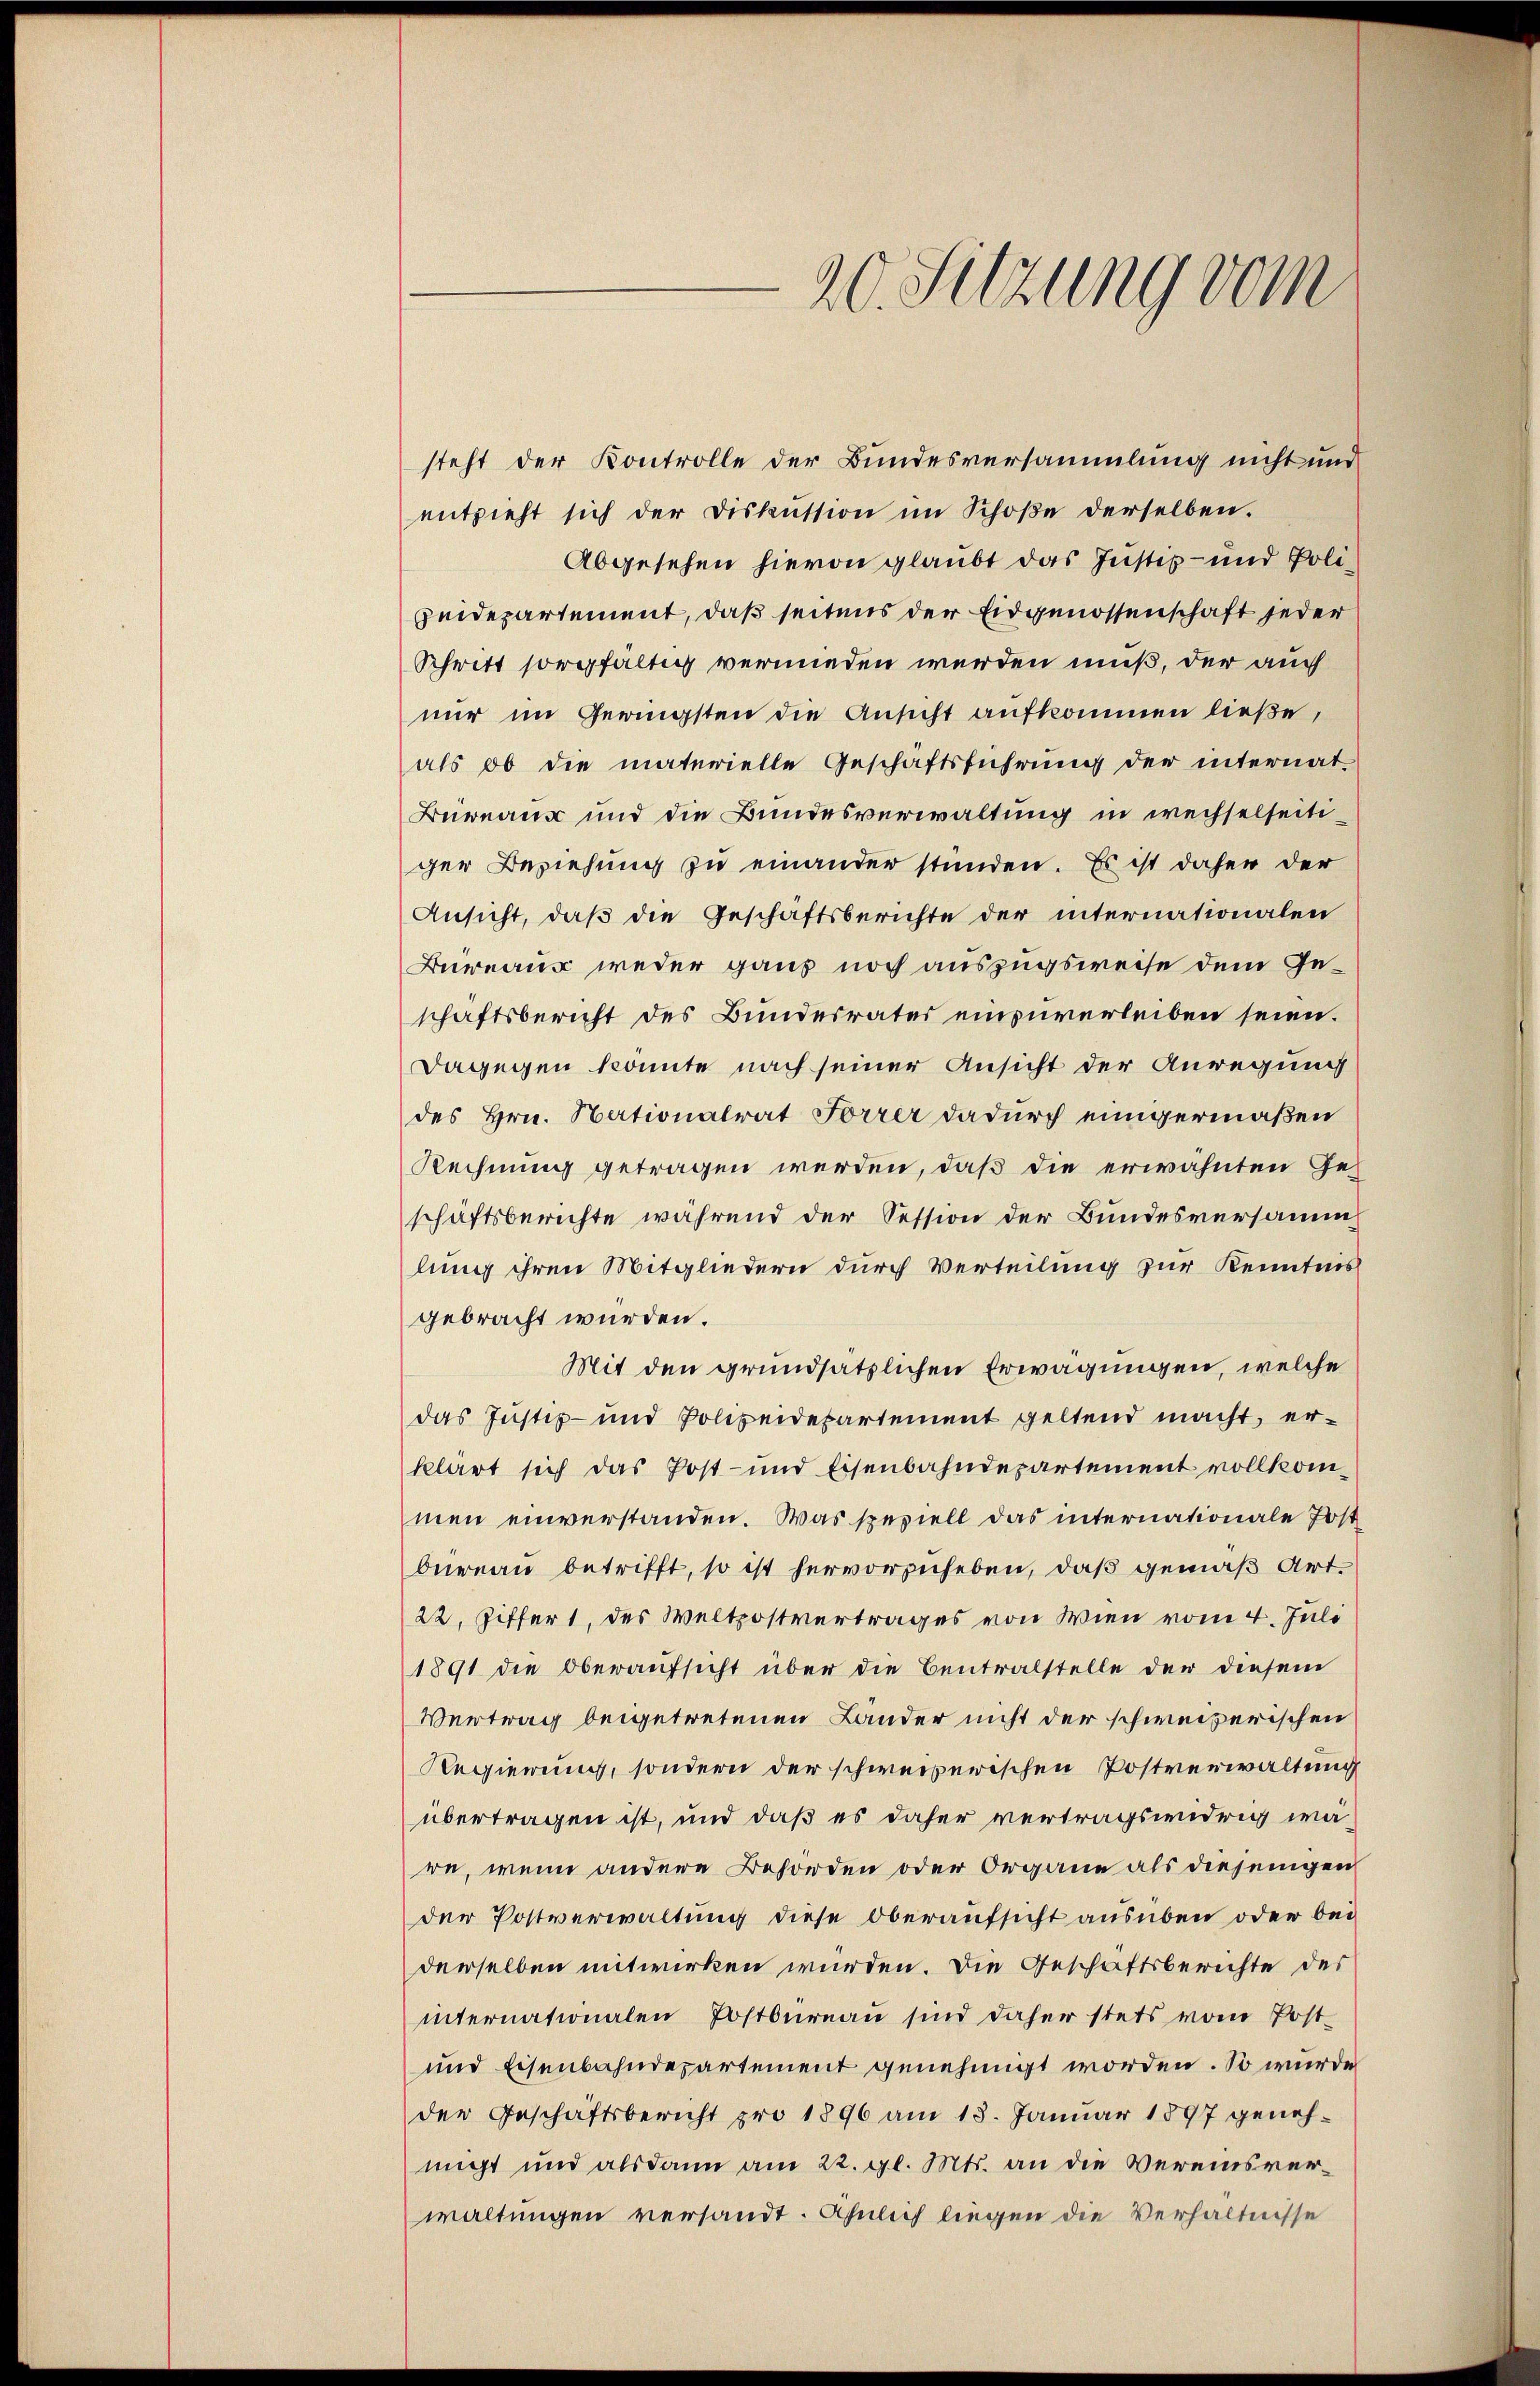
.
0. Sitzung vom

steht der Kontrolle der Bundesversammlung nicht und
entzieht sich der Diskussion im Schoße derselben.
Abgesehen hievon glaubt das Justiz- und Polipeidepartement, daß seitens der Eidgenossenschaft jeder
Schritt sorgfältig vermieden werden muß, der auch
nur im Geringsten die Ansicht aufkommen ließe,
als ob die materielle Geschäftsführung der internat-
Büreaux und die Bundesverwaltung in wechselseitiger Beziehung zu einander stunden. Es ist daher der
Ansicht, daß die Geschäftsberichte der internationalen
Bureaus weder ganz noch auszugsweise dem Geschaftsbericht des Bundesrates einzuverleiben seien.
Dagegen könnte nach seiner Ansicht der Anregung
des Hrn. Nationalrat Forrer dadurch einigermaßen
Rechnung getragen werden, daß die erwähnten Ge-
schäftsberichte während der Session der Bundesversamm
lung ihren Mitgliedern durch Verteilung zur Kenntnis
gebracht wurden.
Mit den grundsätzlichen Erwägungen, welche
das Justiz- und Polizeidepartement geltend macht, erklärt sich das Post- und Eisenbahndepartement vollkommen einverstanden. Was speziell das internationale Post
bureau betrifft, so ist hervorzuheben, daß gemäß Art.
22. Ziffert, des Weltpostvertrages von Wien vom 4. Juli
1891 die Oberaufsicht über die Centralstelle der diesem
Vertrag beigetretenen Länder nicht der schweizerischen
Regierung, sondern der schweizerischen Postverwaltung
übertragen ist, und daß es daher vertragsendrig wäre, wenn andere Beforden oder Organe als diejenigen
der Postverwaltung diese Oberaufsicht ausüben oder bei
derselben mitwirken wurden. Die Geschäftsberichte des
internationalen Postbureau sind daher stets vom Post¬
und Eisenbahndepartement genehmigt worden. So wurde
der Geschäftsbericht pro 1896 am 18. Januar 1897 genehnicht und alsdann am 22. gl. Mts. an die Vereinsverwaltungen versandt. Ähnlich liegen die Verhältnisse